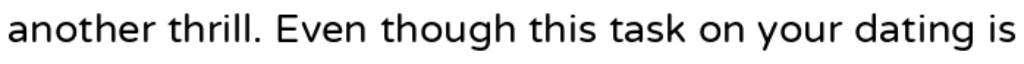
another thrill. Even though this task on your dating is